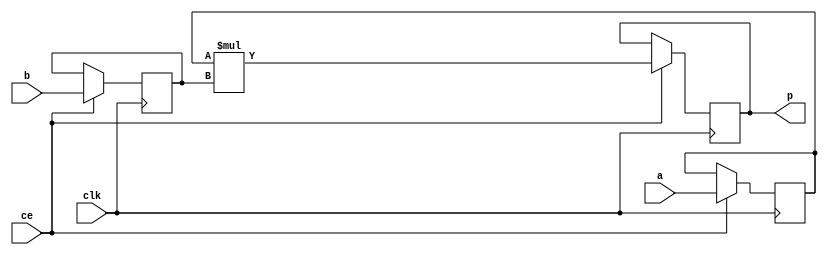
module image_filter_mul_8ns_25ns_32_3_MAC3S_1(clk, ce, a, b, p);
input clk;
input ce;
input[8 - 1 : 0] a; // synthesis attribute keep a "true"
input[25 - 1 : 0] b; // synthesis attribute keep b "true"
output[32 - 1 : 0] p;

reg [8 - 1 : 0] a_reg0;
reg [25 - 1 : 0] b_reg0;
wire [32 - 1 : 0] tmp_product;
reg [32 - 1 : 0] buff0;

assign p = buff0;
assign tmp_product = a_reg0 * b_reg0;
always @ (posedge clk) begin
    if (ce) begin
        a_reg0 <= a;
        b_reg0 <= b;
        buff0 <= tmp_product;
    end
end
endmodule